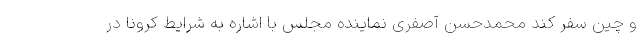
و چین سفر کند محمدحسن آصفری نماینده مجلس با اشاره به شرایط کرونا در